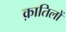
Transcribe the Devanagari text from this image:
क़ातिलों